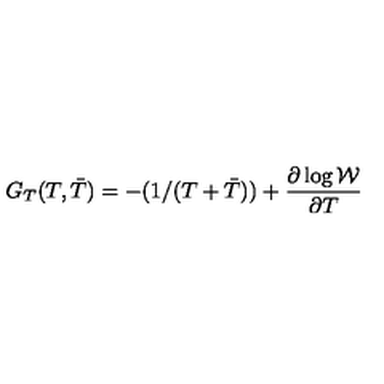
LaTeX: G _ { T } ( T , { \bar { T } } ) = - ( 1 / ( T + { \bar { T } } ) ) + \frac { \partial \log \cal W } { \partial T }